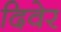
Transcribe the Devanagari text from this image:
दिवेर